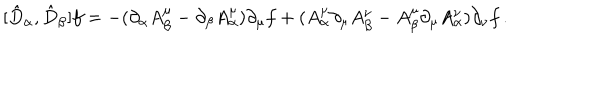
LaTeX: [ \hat { D } _ { \alpha } , \hat { D } _ { \beta } ] f = - ( \partial _ { \alpha } A _ { \beta } ^ { \mu } - \partial _ { \beta } A _ { \alpha } ^ { \mu } ) \partial _ { \mu } f + ( A _ { \alpha } ^ { \mu } \partial _ { \mu } A _ { \beta } ^ { \nu } - A _ { \beta } ^ { \mu } \partial _ { \mu } A _ { \alpha } ^ { \nu } ) \partial _ { \nu } f \, .